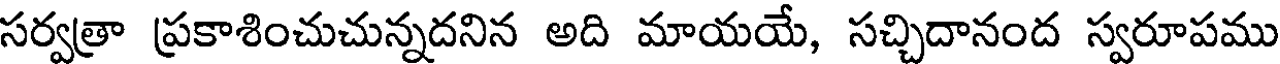
సర్వత్రా ప్రకాశించుచున్నదనిన అది మాయయే, సచ్చిదానంద స్వరూపము